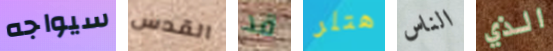
سيواجه القدس قد هتلر الناس الذي